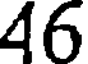
46